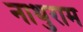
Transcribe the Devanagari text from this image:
नाथुराम